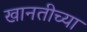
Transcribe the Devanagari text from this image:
खानतीच्या